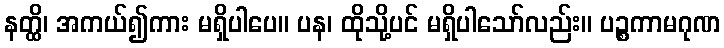
နတ္ထိ၊ အကယ်၍ကား မရှိပါပေ။ ပန၊ ထိုသို့ပင် မရှိပါသော်လည်း။ ပဉ္စကာမဂုဏ